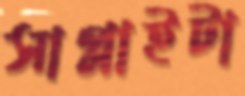
সাপ্লাইটা